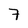
Character: 7